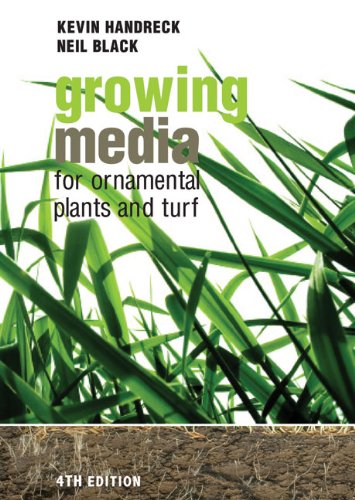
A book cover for Growing Media for Ornamental Plants and Turf; Kevin Handreck; Crafts, Hobbies & Home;